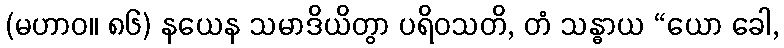
(မဟာဝ။ ၈၆) နယေန သမာဒိယိတွာ ပရိဝသတိ, တံ သန္ဓာယ “ယော ခေါ,